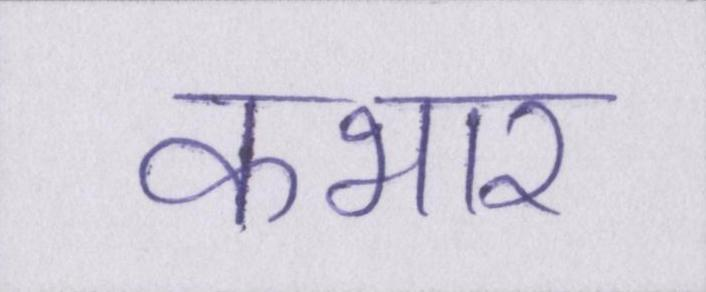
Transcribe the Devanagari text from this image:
कभार